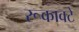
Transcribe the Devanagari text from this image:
रूकावटे